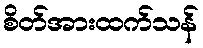
စိတ်အားထက်သန်